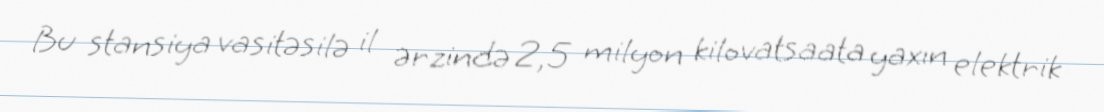
Bu stansiya vasitəsilə il ərzində 2,5 milyon kilovatsaata yaxın elektrik